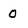
Character: 0